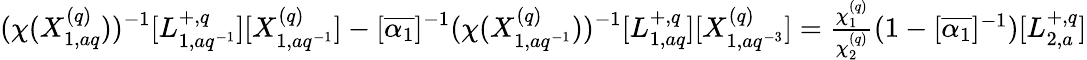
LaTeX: (\chi(X_{1,aq}^{(q)}))^{-1}[L_{1,aq^{-1}}^{+,q}][X_{1,aq^{-1}}^{(q)}]-[\overline{{\alpha_{1}}}]^{-1}(\chi(X_{1,aq^{-1}}^{(q)}))^{-1}[L_{1,aq}^{+,q}][X_{1,aq^{-3}}^{(q)}]=\textstyle\frac{\chi_{1}^{(q)}}{\chi_{2}^{(q)}}(1-[\overline{{\alpha_{1}}}]^{-1})[L_{2,a}^{+,q}]